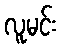
လူမင်း